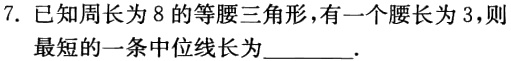
7. 已知周长为 8 的等腰三角形，有一个腰长为 3，则
最短的一条中位线长为________.